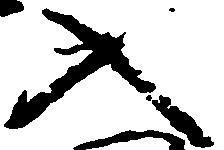
入